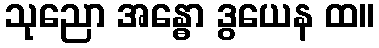
သုညော အန္ဓော ဒွယေန ထ။